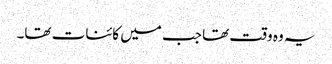
یہ وہ وقت تھا جب میں کائنات تھا۔